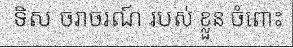
ទិស ចរាចរណ៍ របស់ ខ្លួន ចំពោះ